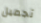
تجميل